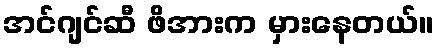
အင်ဂျင်ဆီ ဖိအားက မှားနေတယ်။